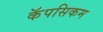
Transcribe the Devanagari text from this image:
कॅपसिकम